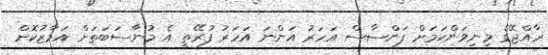
ރާއްޖޭގެ މިނިވަންކަމަށް ފަންސާސް އަހަރު އަންނަ އަހަރު ފުރޭތީ އެ މުނާސަބަތަށް އަމާޒުކޮށް